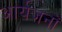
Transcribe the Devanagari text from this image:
आर्यजनों